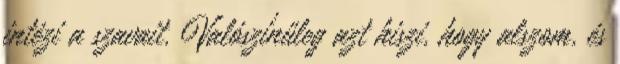
intézi a szavait. Valószínűleg azt hiszi, hogy alszom, és